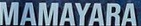
MAMAYARA